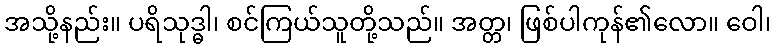
အသို့နည်း။ ပရိသုဒ္ဓါ၊ စင်ကြယ်သူတို့သည်။ အတ္တ၊ ဖြစ်ပါကုန်၏လော။ ဝေါ၊